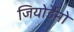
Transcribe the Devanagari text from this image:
जियोर्डैनो